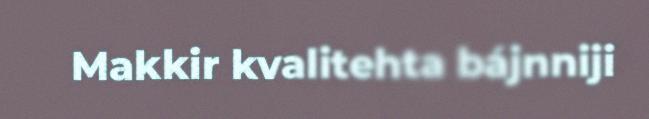
Makkir kvalitehta bájnniji